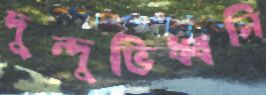
দুন্দুভিধ্বনি